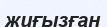
жиғызған